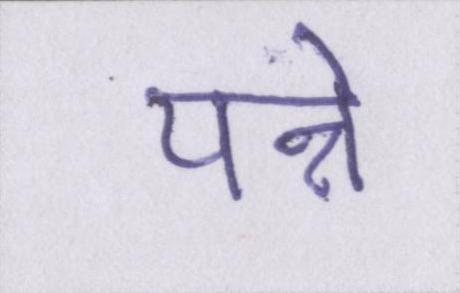
पन्ने